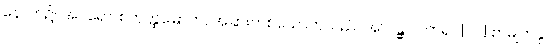
နောက်၌။ အပရော၊ စတုတ္ထမြောက်, အခြားတစ်ယောက်သည်။ အာဂန္တွာ၊ လာ၍။ [၀၂] စာမျက်နှာ